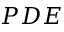
P D E